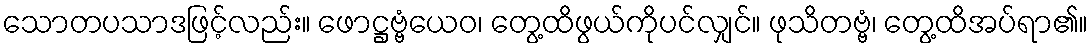
သောတပသာဒဖြင့်လည်း။ ဖောဋ္ဌဗ္ဗံယေဝ၊ တွေ့ထိဖွယ်ကိုပင်လျှင်။ ဖုသိတဗ္ဗံ၊ တွေ့ထိအပ်ရာ၏။